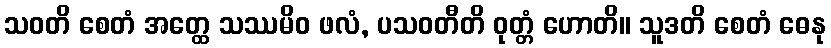
သဝတိ စေတံ အတ္ထေ သဿမိဝ ဖလံ, ပသဝတီတိ ဝုတ္တံ ဟောတိ။ သူဒတိ စေတံ ဓေနု